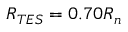
R _ { T E S } = 0 . 7 0 R _ { n }